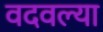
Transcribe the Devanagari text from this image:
वदवल्या